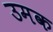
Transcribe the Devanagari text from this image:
उमक